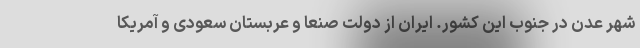
شهر عدن در جنوب این کشور. ایران از دولت صنعا و عربستان سعودی و آمریکا